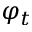
\varphi _ { t }